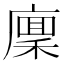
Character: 𢊸